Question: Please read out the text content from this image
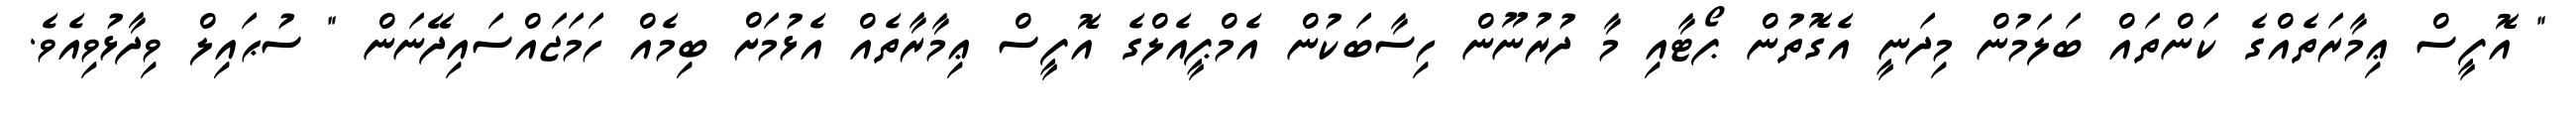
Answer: " އޮފީސް ޢިމާރަތެއްގެ ކަންތައް ބަލަމުން މިދަނީ އެގޮތުން ޕޯޓާއި މާ ދުރުނޫން ހިސާބަކުން އެމްޕީއެލްގެ އޮފީސް ޢިމާރާތެއް އެޅުމަށް ބިމެއް ހަމަޖައްސައިދޭނަން " ސުޙައިލް ވިދާޅުވިއެވެ.